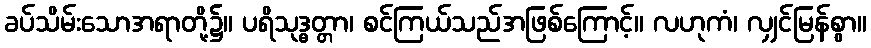
ခပ်သိမ်းသောအရာတို့၌။ ပရိသုဒ္ဓတ္တာ၊ စင်ကြယ်သည်အဖြစ်ကြောင့်။ လဟုကံ၊ လျှင်မြန်စွာ။